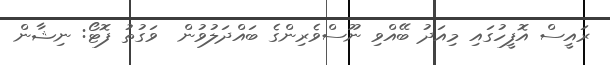
ރައީސް އޮފީހުގައި މިއަދު ބޭއްވި ނޫސްވެރިންގެ ބައްދަލުވުން  ވަގުތު ފޮޓޯ: ނިޝާން